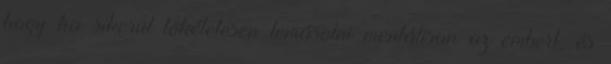
hogy ha sikerül tökéletesen lemásolni mentálisan az embert, és